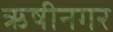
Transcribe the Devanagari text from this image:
ऋषीनगर